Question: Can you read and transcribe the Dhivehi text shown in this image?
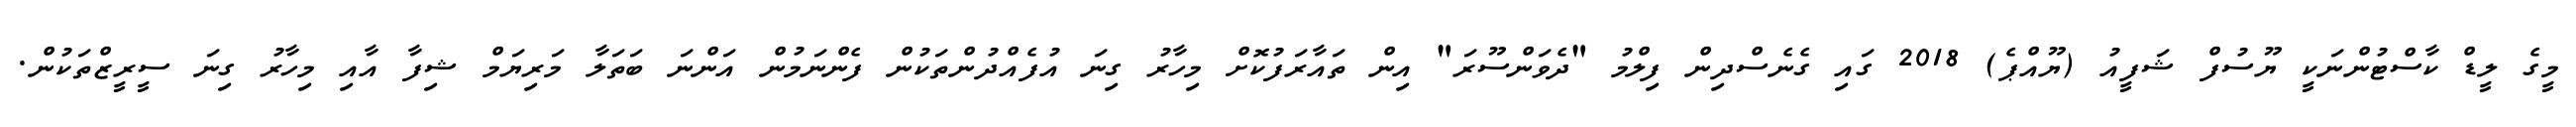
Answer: މީގެ ލީޑް ކާސްޓުންނަކީ ޔޫސުފް ޝަފީއު (ޔޫއްޕެ) 2018 ގައި ގެނެސްދިން ފިލްމު "ދެވަންސޫރަ" އިން ތައާރަފުކޮށް މިހާރު ގިނަ އުފެއްދުންތަކުން ފެންނަމުން އަންނަ ބަތަލާ މަރިޔަމް ޝިފާ އާއި މިހާރު ގިނަ ސީރީޒްތަކުން.